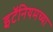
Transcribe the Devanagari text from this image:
इटॅनियमच्या